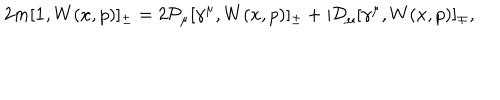
2 m [ { \bf 1 } , W ( x , p ) ] _ { \pm } = 2 { \mathcal P } _ { \mu } [ \gamma ^ { \mu } , W ( x , p ) ] _ { \pm } + i { \mathcal D } _ { \mu } [ \gamma ^ { \mu } , W ( x , p ) ] _ { \mp } ,